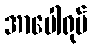
အာပေါရုပ်